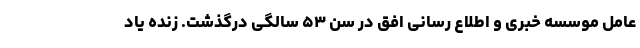
عامل موسسه خبری و اطلاع رسانی افق در سن ۵۳ سالگی درگذشت. زنده یاد